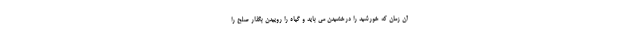
آن زمان که خورشید را درخشیدن می باید و گیاه را روییدن بگذار صلح را